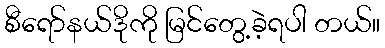
စီရော်နယ်ဒိုကို မြင်တွေ့ခဲ့ရပါ တယ်။